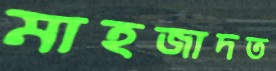
মাহজাদত